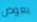
يعوض